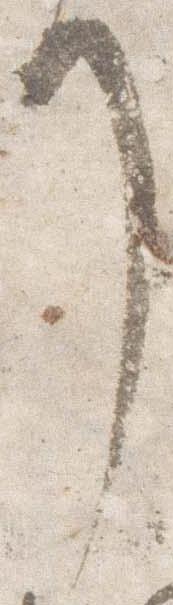
了